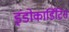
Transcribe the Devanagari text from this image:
इंडोकार्डिटिस